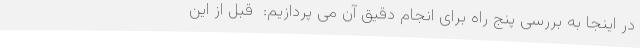
در اینجا به بررسی پنج راه برای انجام دقیق آن می پردازیم:  قبل از این